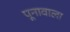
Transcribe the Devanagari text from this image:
पूनावाला